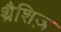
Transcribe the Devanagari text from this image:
थ्रैशिज़